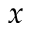
x